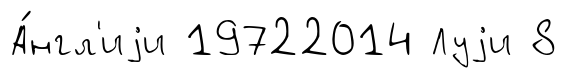
А́нгл'иjи 19722014 Луjи 8